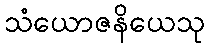
သံယောဇနိယေသု